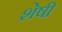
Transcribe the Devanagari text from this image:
शेषी